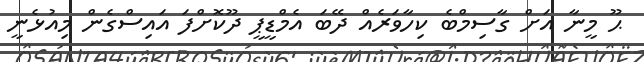
ޙޫ މީނާ އަށް ގާސިމްބެ ކިހާވަރެއް ދޭބަ އެމްޑީޕީ ދޫކޮށްފަ އައިސްގެން މިއުޅެނީ